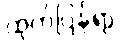
ထုတ်ပြန်ရာ